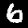
Label: 6